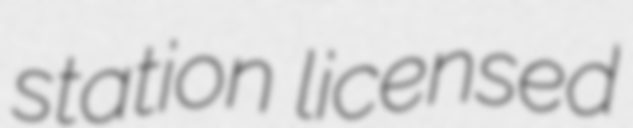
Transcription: station licensed